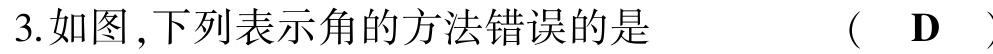
3.如图,下列表示角的方法错误的是  （  D  ）